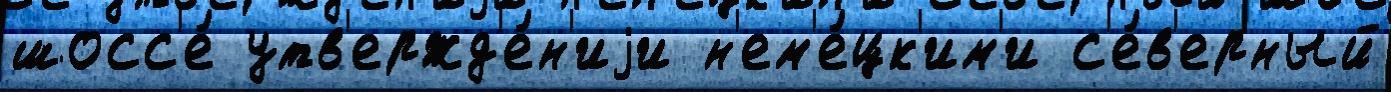
шосс'е́ утв'ержд'е́н'иjи н'ем'е́цк'им'и с'е́в'ерный